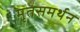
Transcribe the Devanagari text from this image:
मृतसमर्थन